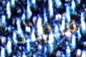
شربته